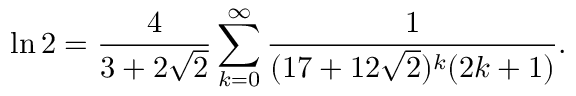
\ln 2 = { \frac { 4 } { 3 + 2 { \sqrt { 2 } } } } \sum _ { k = 0 } ^ { \infty } { \frac { 1 } { ( 1 7 + 1 2 { \sqrt { 2 } } ) ^ { k } ( 2 k + 1 ) } } .